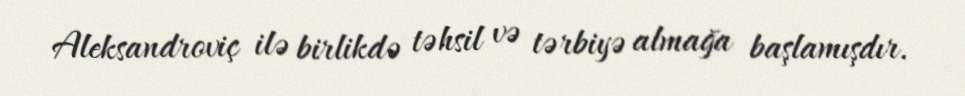
Aleksandroviç ilə birlikdə təhsil və tərbiyə almağa başlamışdır.